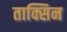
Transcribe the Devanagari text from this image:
ताक्सिन